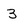
Character: 3